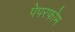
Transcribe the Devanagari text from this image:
पेपरफोम